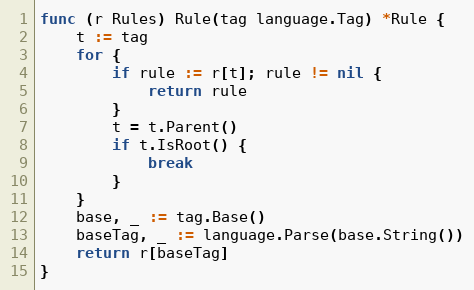
Language: Go
func (r Rules) Rule(tag language.Tag) *Rule {
	t := tag
	for {
		if rule := r[t]; rule != nil {
			return rule
		}
		t = t.Parent()
		if t.IsRoot() {
			break
		}
	}
	base, _ := tag.Base()
	baseTag, _ := language.Parse(base.String())
	return r[baseTag]
}